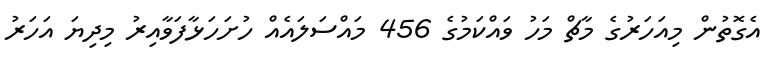
އެގޮތުން މިއަހަރުގެ މާޗް މަހު ވައްކަމުގެ 456 މައްސަލައެއް ހުށަހަޅާފަވާއިރު މިދިޔަ އަހަރު